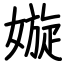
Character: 嫙